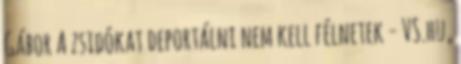
Gábor A zsidókat deportálni nem kell félnetek - VS.hu,